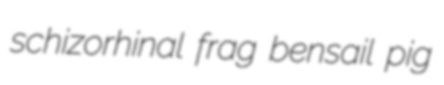
schizorhinal frag bensail pig